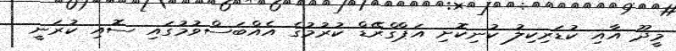
މީދޫ އާއި ކުޑަރިކިލު ކުނިކޮށި އަޕްގްރޭޑް ކުރުމުގެ އެެއްބަސްވުމުގައި ސޮއި ކުރަނީ